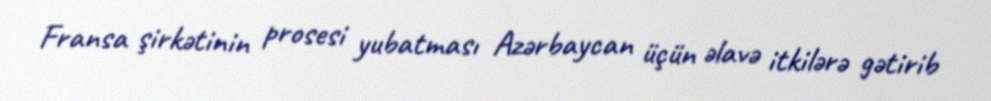
Fransa şirkətinin prosesi yubatması Azərbaycan üçün əlavə itkilərə gətirib